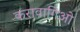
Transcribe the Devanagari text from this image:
करावागिओ